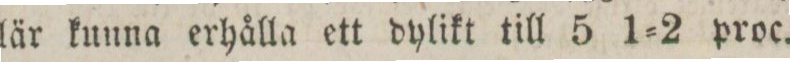
lär kunna erhålla ett dylikt till 5 1=2 proc.